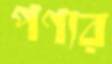
পণ্যর